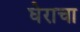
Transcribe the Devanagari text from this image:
घेराचा